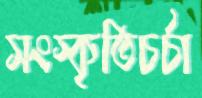
সংস্কৃতিচর্চা